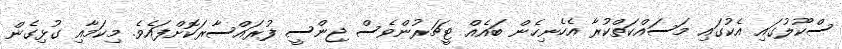
ސްކޫލުގައި އެކުގައި މަސައްކަތްކުރާ އެހެނިހެން ބައެއް ޓީޗަރުންވެސް ޖިންސީ ފުރައްސާރަކޮށްފައެވެ. މިކަމާއި ގުޅިގެން